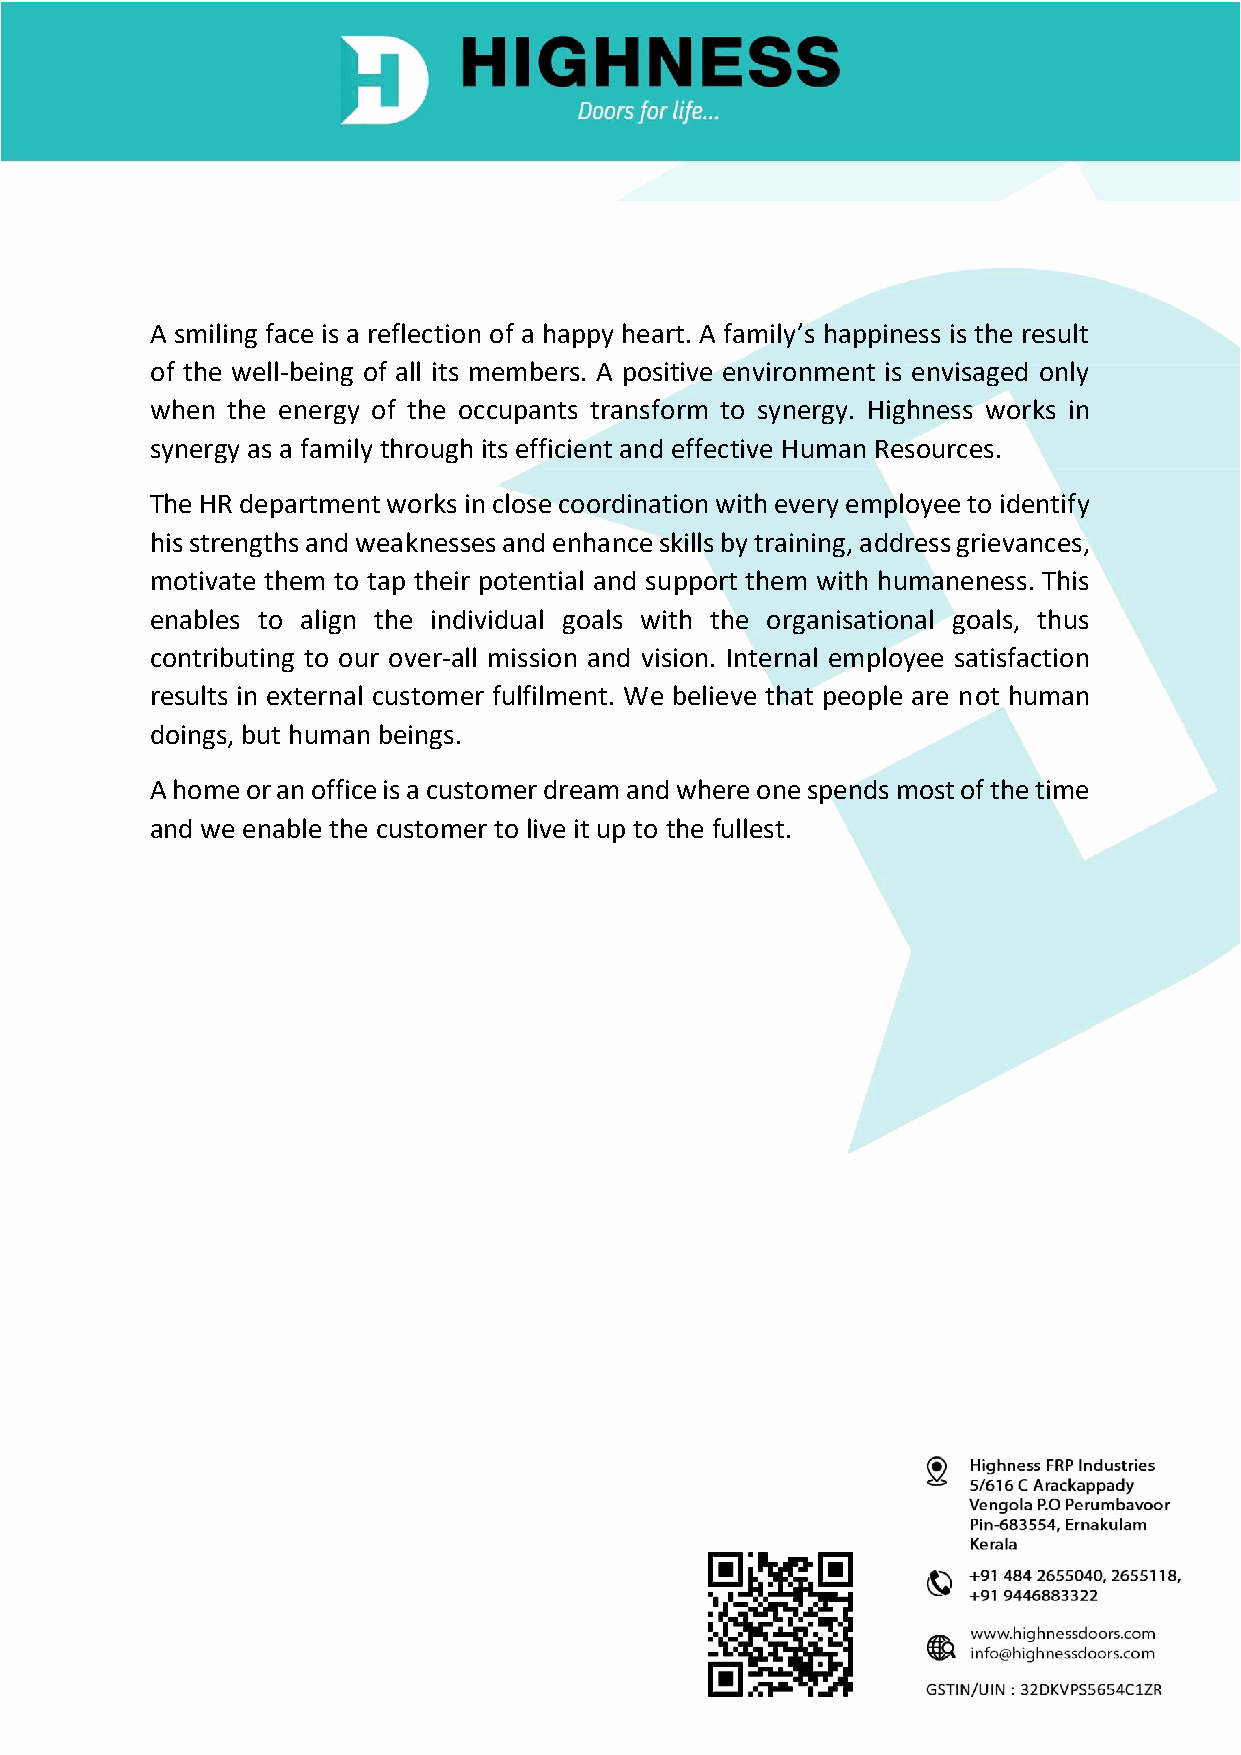
A smiling face is a reflection of a happy heart. A family’s happiness is the result
 of the well-being of all its members. A positive environment is envisaged only
 when the energy of the occupants transform to synergy. Highness works in
 synergy as a family through its efficient and effective Human Resources.
 The HR department works in close coordination with every employee to identify
 his strengths and weaknesses and enhance skills by training, address grievances,
 motivate them to tap their potential and support them with humaneness. This
 enables to align the individual goals with the organisational goals, thus
 contributing to our over-all mission and vision. Internal employee satisfaction
 results in external customer fulfilment. We believe that people are not human
 doings, but human beings.
 A home or an office is a customer dream and where one spends most of the time
 and we enable the customer to live it up to the fullest.